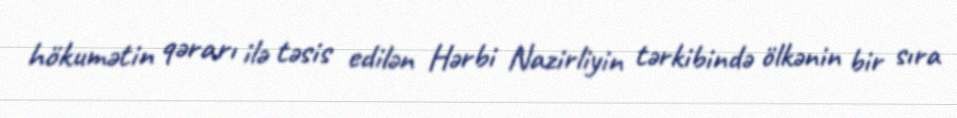
hökumətin qərarı ilə təsis edilən Hərbi Nazirliyin tərkibində ölkənin bir sıra